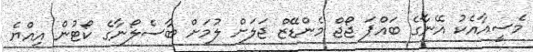
މެސީއާއެކު އޭނާގެ ބައްޕަ ޖޯޖް މެންޑޭޒް ޖަލަށް ލުމަށް ބާސެލޯނާގެ ކޯޓުން އިއްޔެ